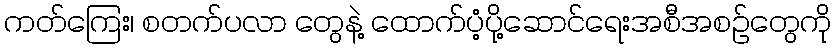
ကတ်ကြေး၊ စတက်ပလာ တွေနဲ့ ထောက်ပံ့ပို့ဆောင်ရေးအစီအစဉ်တွေကို